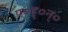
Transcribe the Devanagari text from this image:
प०ह्०न्०